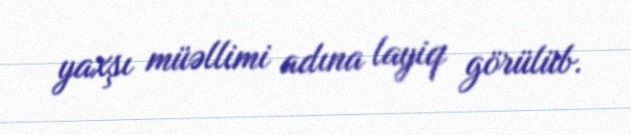
yaxşı müəllimi adına layiq görülüb.